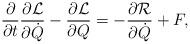
LaTeX: \begin{align*}\frac{\partial}{\partial t}\frac{\partial\mathcal{L}}{\partial\dot{Q}}-\frac{\partial\mathcal{L}}{\partial Q}=-\frac{\partial\mathcal{R}}{\partial\dot{Q}}+F, \end{align*}